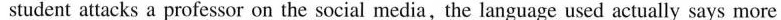
student attacks a professor on the social media,the language used actually says more